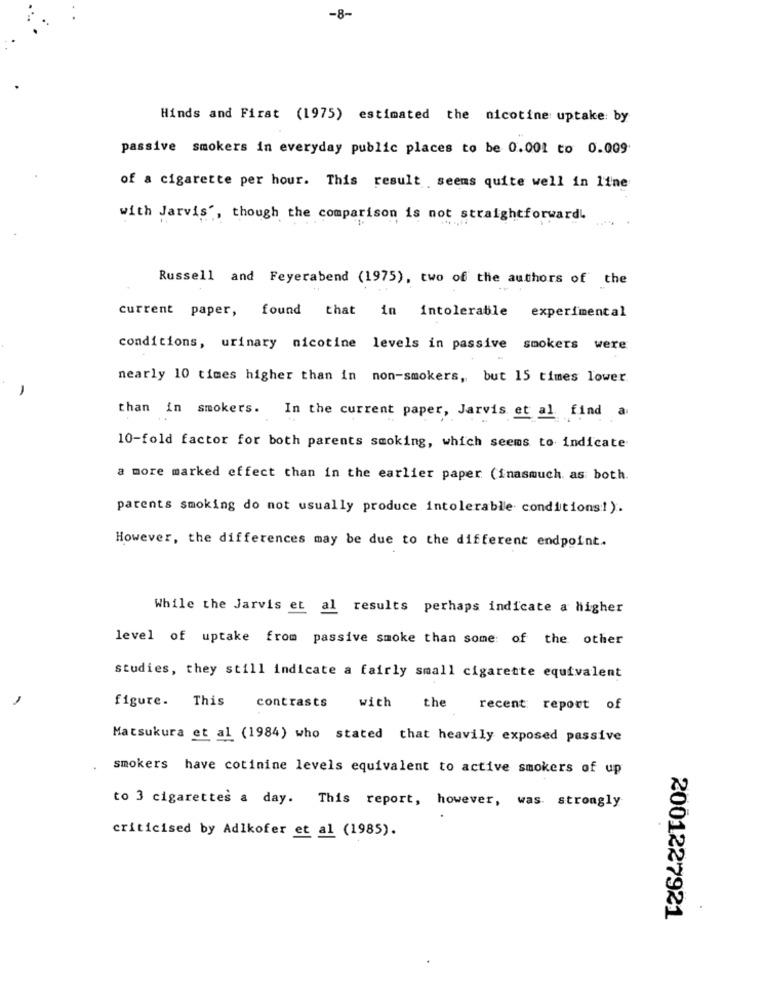
-8-
Hinds and First (1975) estimated the nicotine uptake: by
passive smokers in everyday public places to be 0.001 to 0.009
of a cigarette per hour. This result seems quite well in line
with Jarvis', though the comparison is not straightforward
Russell and Feyerabend (1975), two of the authors of the
current paper, found that in intolerable experimental
conditions, urinary nicotine levels in passive smokers were
nearly 10 times higher than in non-smokers, but 15 times lower.
-
than in smokers. In the current paper, Jarvis et al find
a
10-fold factor for both parents smoking, which seems to indicate
a more marked effect than in the earlier paper (inasmuch as both.
parents smoking do not usually produce intolerable conditions!).
However, the differences may be due to the different endpoint.
While the Jarvis et al results perhaps indicate a higher
level of uptake from passive smoke than some of the other
studies, they still indicate a fairly small cigarette equivalent
figure. This
contrasts with the
recent report of
Matsukura et al (1984) who stated that heavily exposed passive
smokers have cotinine levels equivalent to active smokers of up
to 3 cigarettes a day. This report, however, was strongly
criticised by Adlkofer et al (1985).
2001227921